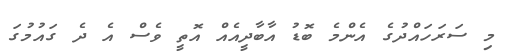
މި ސަރަހައްދުގެ އެންމެ ބޮޑު އާބާދީއެއް އޮތީ ވެސް އެ ދެ ގައުމުގަ